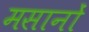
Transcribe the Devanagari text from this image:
मसानों